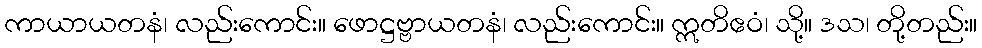
ကာယာယတနံ၊ လည်းကောင်း။ ဖောဋ္ဌဗ္ဗာယတနံ၊ လည်းကောင်း။ ဣတိဧဝံ၊ သို့။ ဒသ၊ တို့တည်း။